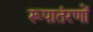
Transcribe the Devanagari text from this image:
रूपातंरणों